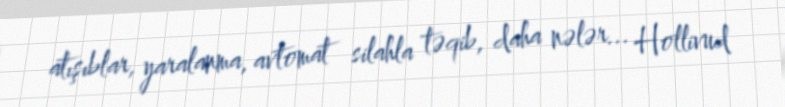
atışıblar, yaralanma, avtomat silahla təqib, daha nələr... Hollivud